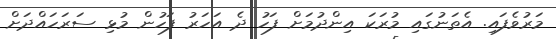
މަރުވެފައި. އެތަނުގައި މުރަކަ އިންދުމަށް ފަހު ދެ އަހަރު ފަހުން މުޅި ސަރަހައްދަށް